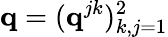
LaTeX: \mathbf{q}=(\mathbf{q}^{jk})_{k,j=1}^{2}